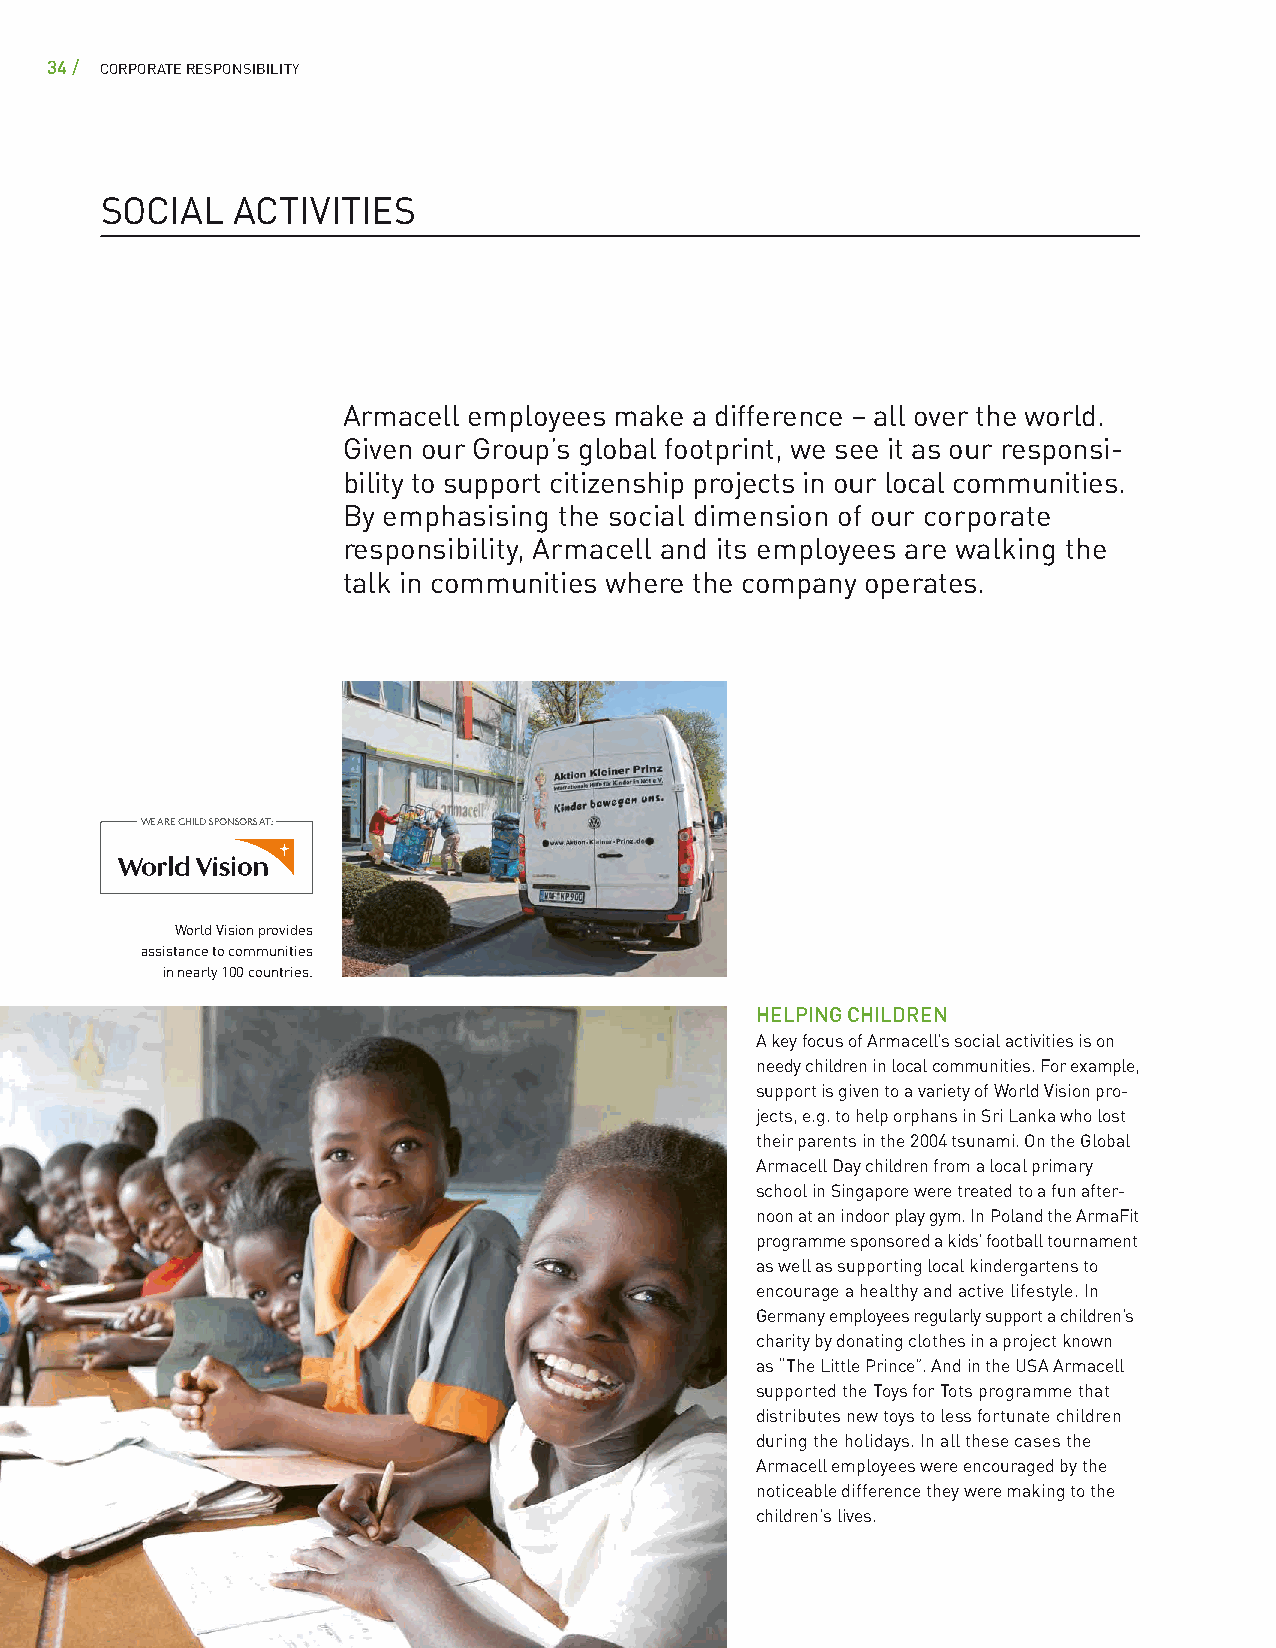
34 / CORPORATE RESPONSIBILITY
 SOCIAL  ACTIVITIES
 Armacell employees make a difference – all over the world.
 Given our Group’s global footprint, we see it as our responsi-
 bility to support citizenship projects in our local communities.
 By emphasising the social dimension of our corporate
 responsibility, Armacell and its employees are walking the
 talk in communities where the company operates.
 WE ARE CHILD SPONSORS AT:
 World Vision provides
 assistance to communities
 in nearly 100 countries.
 HELPING CHILDREN
 A key focus of Armacell’s social activities is on
 needy children in local communities. For example,
 support is given to a variety of World Vision pro-
 jects, e.g. to help orphans in Sri Lanka who lost
 their parents in the 2004 tsunami. On the Global
 Armacell Day children from a local primary
 school in Singapore were treated to a fun after-
 noon at an indoor play gym. In Poland the ArmaFit
 programme sponsored a kids’ football tournament
 as well as supporting local kindergartens to
 encourage a healthy and active lifestyle. In
 Germany employees regularly support a children’s
 charity by donating clothes in a project known
 as “The Little Prince”. And in the USA Armacell
 supported the Toys for Tots programme that
 distributes new toys to less fortunate children
 during the holidays. In all these cases the
 Armacell employees were encouraged by the
 noticeable difference they were making to the
 children’s lives.